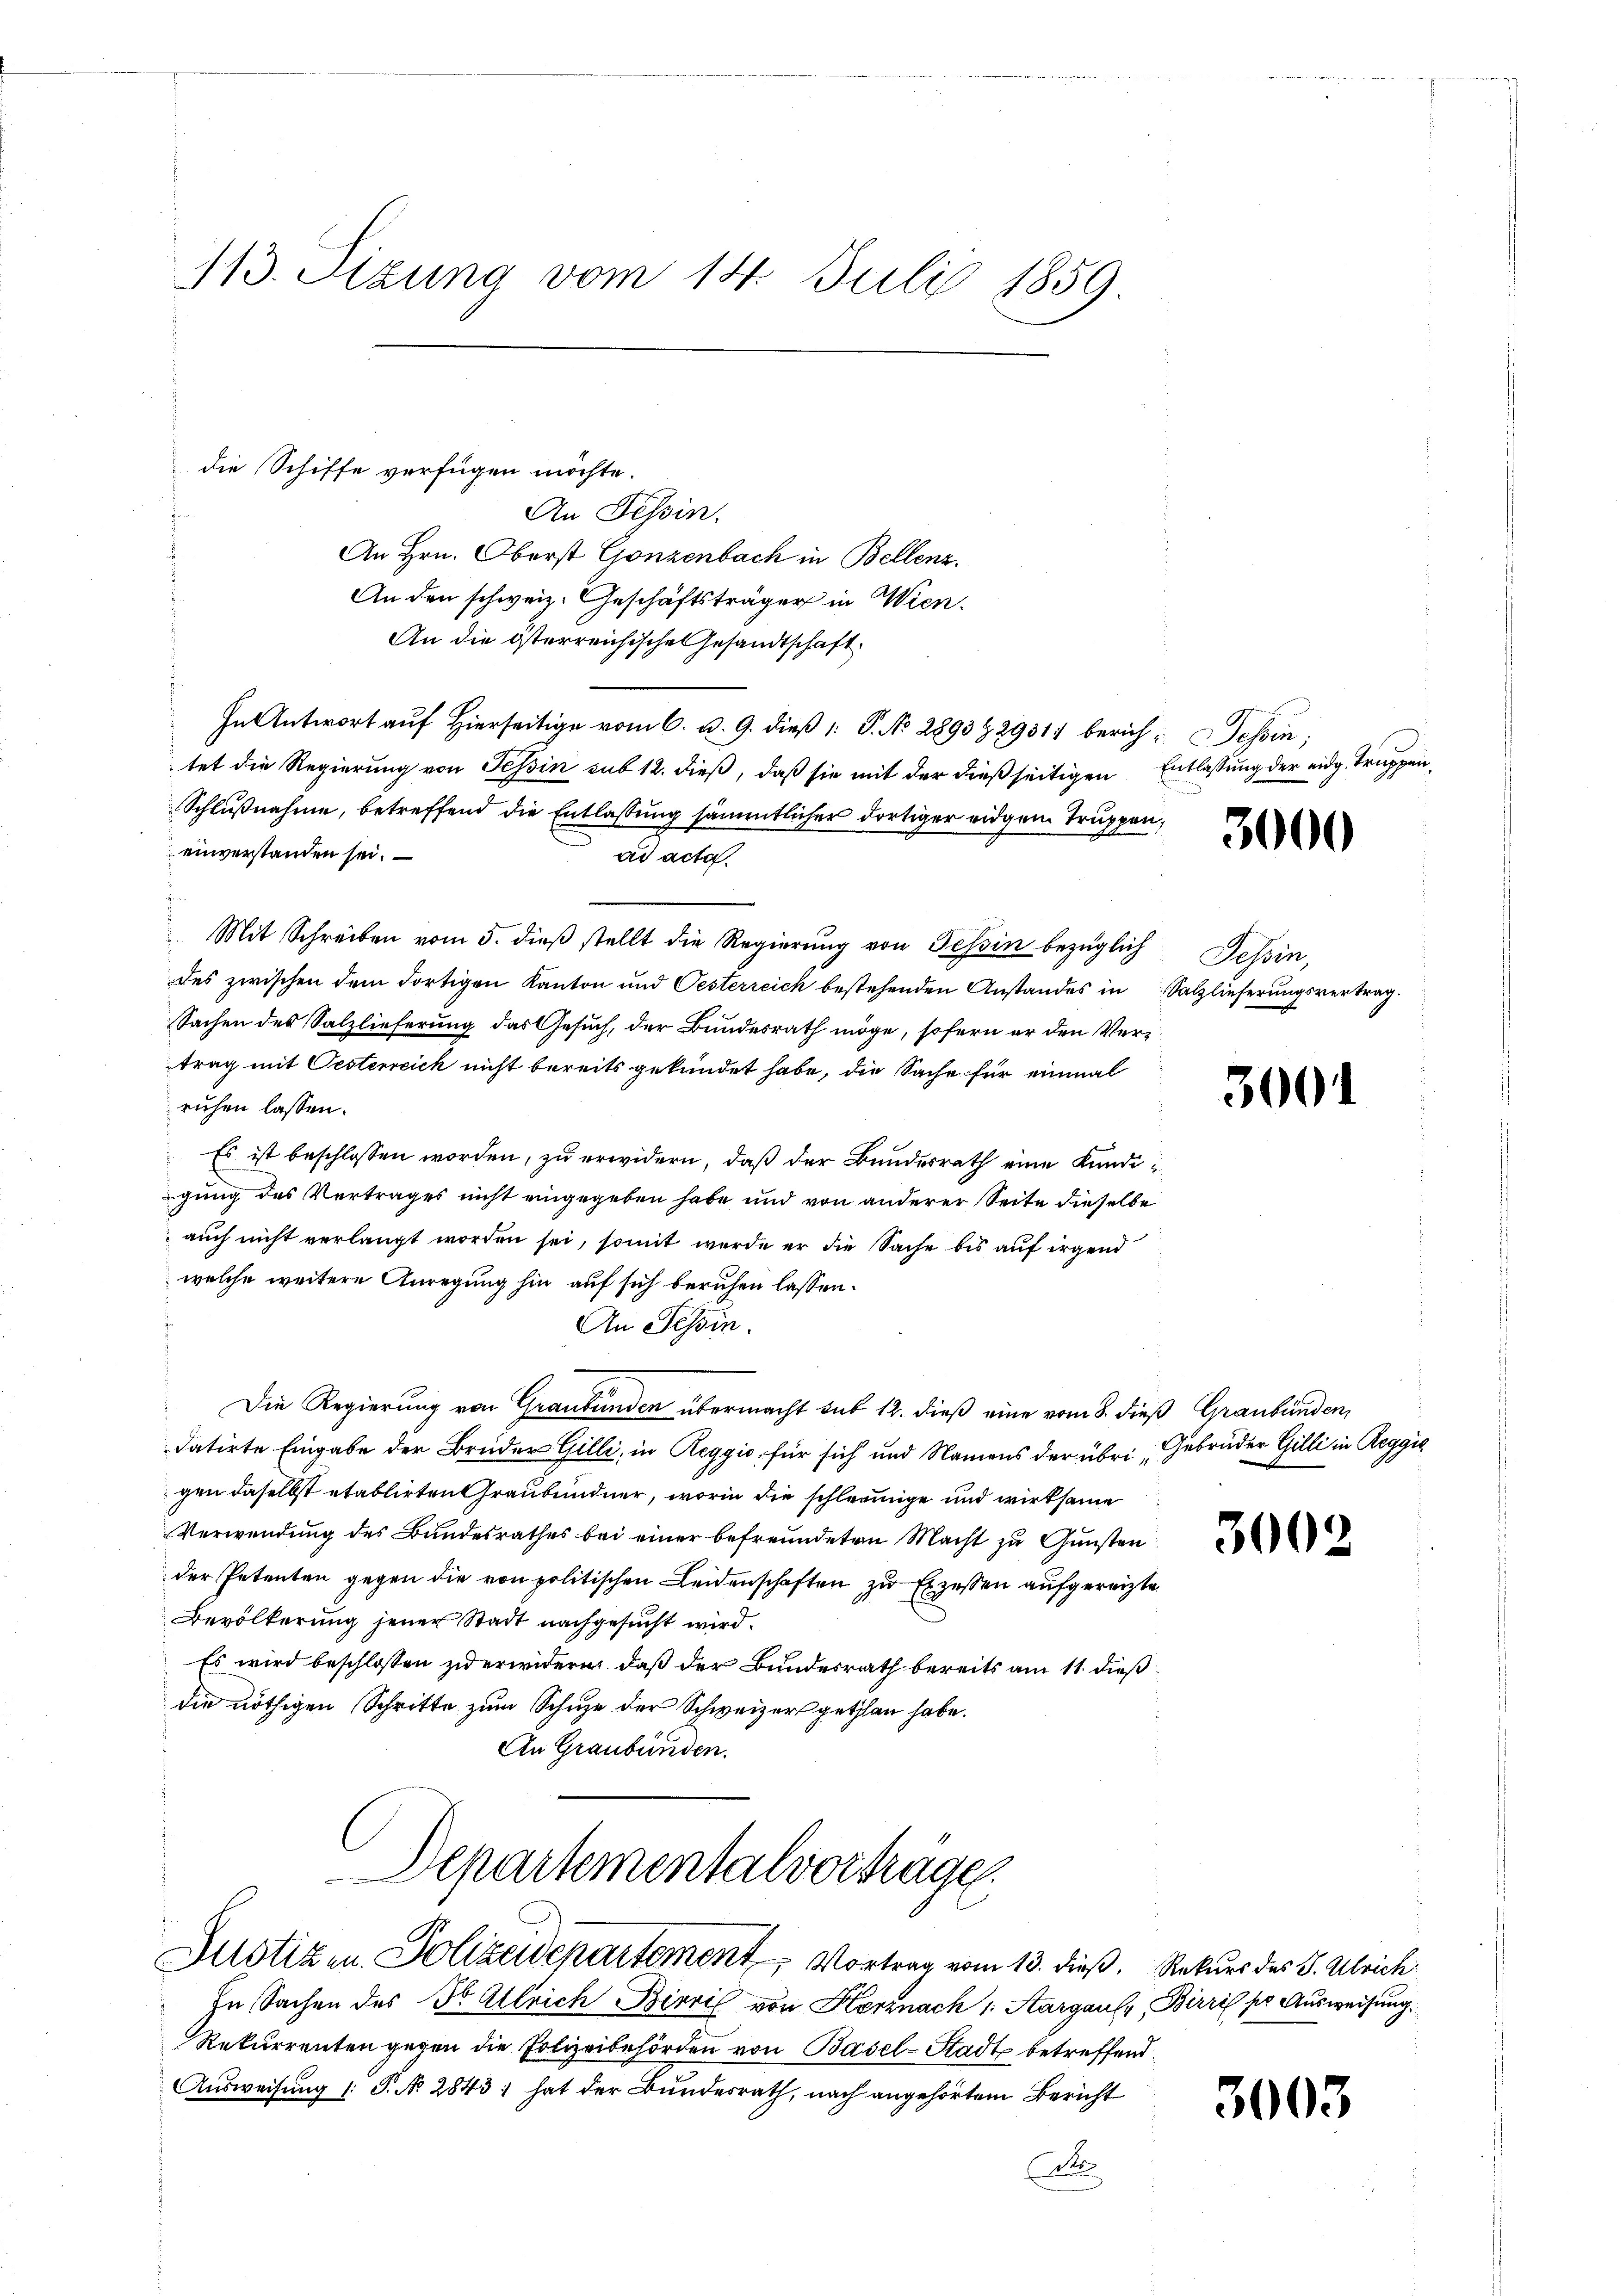
113. Szung vom 14. Juli 1859

die Schiffe verfügen möchte.
t
An Tessin.
An Hrn. Oberst Gonzenbach in Bellenz,
An den schweiz. Geschäftsträger in Wien.
An die österreichische Gesandtschaft.
s
In Antwort auf Hierseitige vom 6. d. 9. dieß 1: P. No. 2893 § 2931) berich Tessin;
tet die Regierung von Tessin sub 12. dieß, daß sie mit der dießseitigen Entlassung der eidg. Truppen,
Schlußnahme, betreffend die Entlassung sämmtlicher dortiger eidgem Truppen,
einverstanden sei.
ad acta.
Mit Schreiben vom 5. dieβ stellt die Regierŭng von Tessin bezüglich
des zwischen dem dortigen Kanton und Oesterreich bestehenden Anstandes in Salzlieferungsvertrag.
Sachen des Salzlieferung das Gesuch, der Bundesrath möge, sofern er den Vertrag mit Oesterreich nicht bereits gekündet habe, die Sache für einmal
ruhen lassen.
Es ist beschlossen worden, zu erwidern, daß der Bundesrath eine Kundigung des Vertrages nicht eingegeben habe und von anderer Seite dieselbe
auch nicht verlangt worden sei, somit werde er die Sache bis auf irgend
welche weitere Anregung hin auf sich beruhen lassen.
An Tessin.
Die Regierung von Graubünden übermacht sub 12. dieß eine vom 8. dieß Graubünden,
datirte Eingabe der Brüder Gilli, in Reggio, für sich und Namens der übri Gebrüder Gilli in Reggis
gen daselbst etablirten Graubündner, worin die schleunige und wirksame
Verwendung des Bundesrathes bei einer befreundeten Macht zu Gunsten
der Petenten gegen die von politischen Leidenschaften zu Exzessen aufgereizte
Bevölkerung jener Stadt nachgesucht wird.
Es wird beschlossen zu erwidern, daß der Bundesrath bereits am 11. dieß
die nöthigen Schritte zum Schuze der Schweizer gethan habe.
An Graubünden.

Departementalvortrage.
Justizen Polizeidepartement Vortrag vom 13. dieß. Rekurs des S. Ulrich

In Sachen des Dr. Allrich Birril von Hornach 1. Aargaus, Birris ser Ausweisung.
Rekurrenten gegen die Polizeibehörden von Basel-Stadt betreffen
Ausweisung (: P. No. 2843) hat der Bundesrath, nach angehörtem Bericht
D

3000

Sessen,

3001

3002

3003